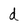
Character: d